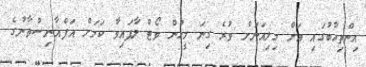
އިންތިހާބުގައި އަށް މިލިއަނަށް ވުރެ ގިނަ މީހުން ވޯޓް ލާފައިވާ ކަމަށް އަފްޣާނިސްތާނުގެ